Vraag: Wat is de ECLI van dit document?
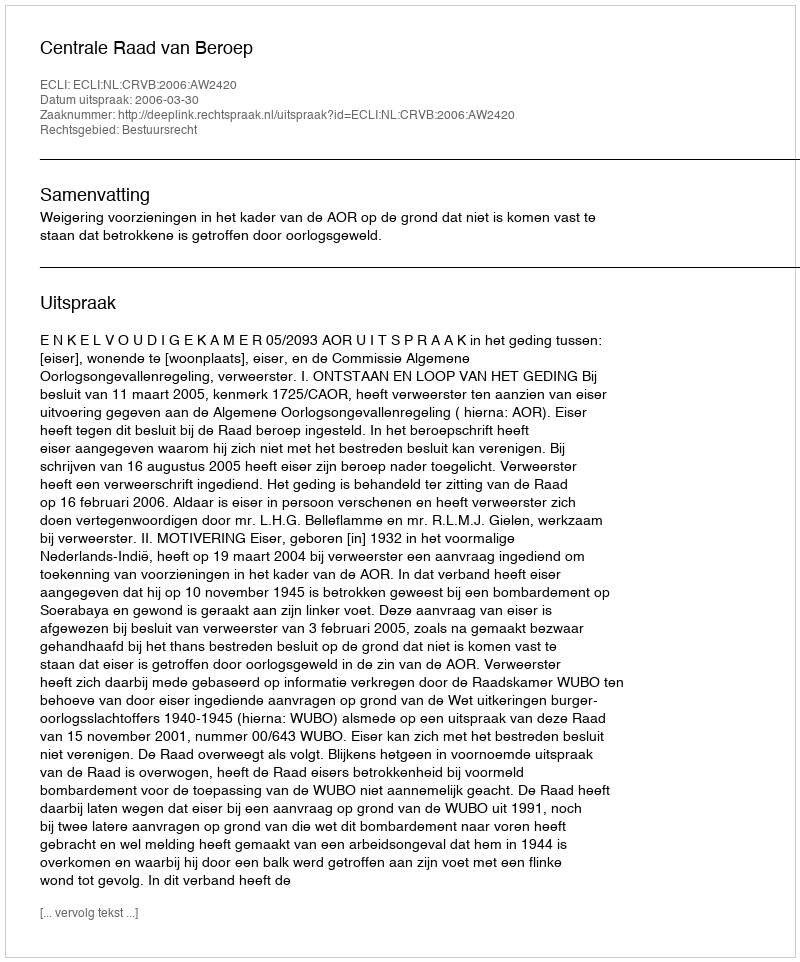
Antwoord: ECLI:NL:CRVB:2006:AW2420